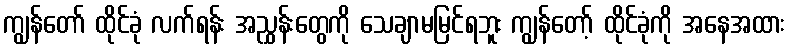
ကျွန်တော် ထိုင်ခုံ လက်ရန်း အညွှန်းတွေကို သေချာမမြင်ရဘူး ကျွန်တော့် ထိုင်ခုံကို အနေအထား